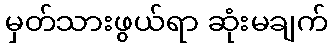
မှတ်သားဖွယ်ရာ ဆုံးမချက်